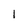
Character: 1